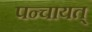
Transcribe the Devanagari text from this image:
पन्चायत्